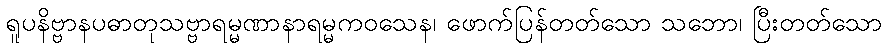
ရူပနိဗ္ဗာနပဓာတုသဗ္ဗာရမ္မဏာနာရမ္မကဝသေန၊ ဖောက်ပြန်တတ်သော သဘော၊ ပြီးတတ်သော